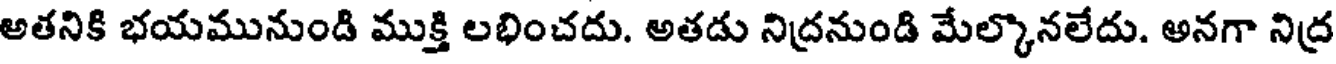
అతనికి భయమునుండి ముక్తి లభించదు. అతడు నిద్రనుండి మేల్కొనలేదు. అనగా నిద్ర